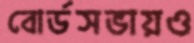
বোর্ডসভায়ও